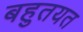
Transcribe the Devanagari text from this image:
बहुतयत